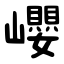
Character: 巊